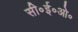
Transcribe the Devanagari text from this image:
सी॰ई॰ओ॰